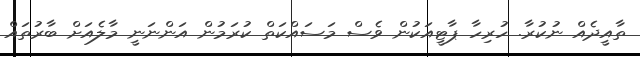
ތާއީދެއް ނުކުރާ. ހުރިހާ ޕާޓީއަކުން ވެސް މަސައްކަތް ކުރަމުން އަންނަނީ މާލެއަށް ބާރުތައް